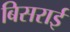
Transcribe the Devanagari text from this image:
बिसराई